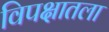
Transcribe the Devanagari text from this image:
विपक्षातला